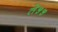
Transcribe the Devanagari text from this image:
ते५५